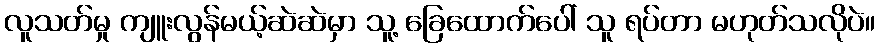
လူသတ်မှု ကျူးလွန်မယ့်ဆဲဆဲမှာ သူ့ ခြေထောက်ပေါ် သူ ရပ်တာ မဟုတ်သလိုပဲ။